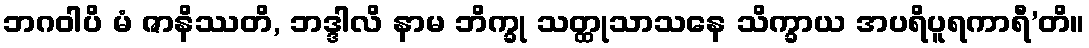
ဘဂဝါပိ မံ ဇာနိဿတိ, ဘဒ္ဒါလိ နာမ ဘိက္ခု သတ္ထုသာသနေ သိက္ခာယ အပရိပူရကာရီ’တိ။